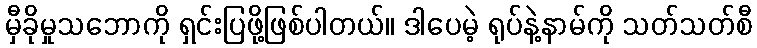
မှီခိုမှုသဘောကို ရှင်းပြဖို့ဖြစ်ပါတယ်။ ဒါပေမဲ့ ရုပ်နဲ့နာမ်ကို သတ်သတ်စီ